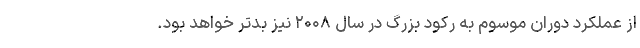
از عملکرد دوران موسوم به رکود بزرگ در سال ۲۰۰۸ نیز بدتر خواهد بود.